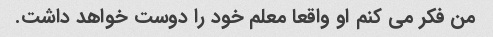
من فکر می کنم او واقعا معلم خود را دوست خواهد داشت.